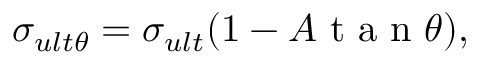
\sigma _ { u l t \theta } = \sigma _ { u l t } ( 1 - A \mathrm { ~ t ~ a ~ n ~ } \theta ) ,